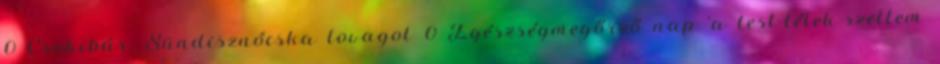
0 Csokibár: Sündisznócska lovagol 0 Egészségmegőrző nap ‘a test-lélek-szellem